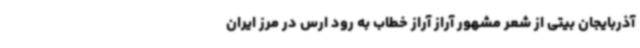
آذربایجان بیتی از شعر مشهور آراز آراز خطاب به رود ارس در مرز ایران